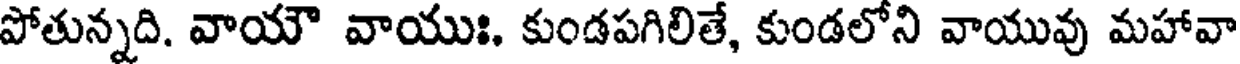
పోతున్నది. వాయౌ వాయుః. కుండపగిలితే, కుండలోని వాయువు మహావా